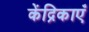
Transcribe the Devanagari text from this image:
केंद्रिकाएँ